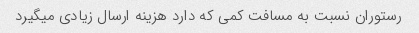
رستوران نسبت به مسافت کمی که دارد هزینه ارسال زیادی میگیرد